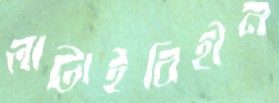
লাটাইবিহীন